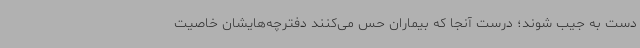
دست به جیب شوند؛ درست آنجا که بیماران حس می‌کنند دفترچه‌هایشان خاصیت